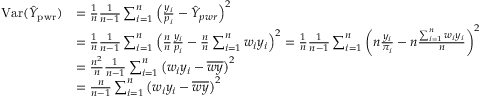
{ \begin{array} { r l } { \operatorname { V a r } ( { \hat { Y } } _ { \mathrm { p w r } } ) } & { = { \frac { 1 } { n } } { \frac { 1 } { n - 1 } } \sum _ { i = 1 } ^ { n } \left( { \frac { y _ { i } } { p _ { i } } } - { \hat { Y } } _ { p w r } \right) ^ { 2 } } \\ & { = { \frac { 1 } { n } } { \frac { 1 } { n - 1 } } \sum _ { i = 1 } ^ { n } \left( { \frac { n } { n } } { \frac { y _ { i } } { p _ { i } } } - { \frac { n } { n } } \sum _ { i = 1 } ^ { n } w _ { i } y _ { i } \right) ^ { 2 } = { \frac { 1 } { n } } { \frac { 1 } { n - 1 } } \sum _ { i = 1 } ^ { n } \left( n { \frac { y _ { i } } { \pi _ { i } } } - n { \frac { \sum _ { i = 1 } ^ { n } w _ { i } y _ { i } } { n } } \right) ^ { 2 } } \\ & { = { \frac { n ^ { 2 } } { n } } { \frac { 1 } { n - 1 } } \sum _ { i = 1 } ^ { n } \left( w _ { i } y _ { i } - { \overline { { w y } } } \right) ^ { 2 } } \\ & { = { \frac { n } { n - 1 } } \sum _ { i = 1 } ^ { n } \left( w _ { i } y _ { i } - { \overline { { w y } } } \right) ^ { 2 } } \end{array} }